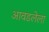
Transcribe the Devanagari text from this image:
आवडलेला